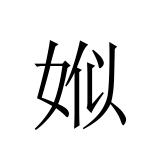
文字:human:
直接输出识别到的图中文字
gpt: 娰